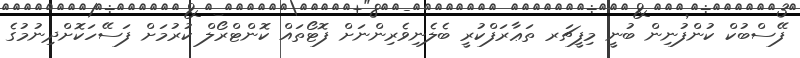
ފޭސްބުކް ކުންފުނިން ބުނީ މިފީޗަރ ތަޢާރަފްކުރީ ބެލެނިވެރިންނަށް ފޮޓޯތައް ކޮންޓްރޯލް ކުރުމަށް ފަސޭހަކޮށްދިނުމުގެ